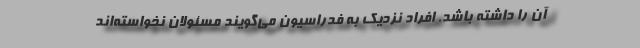
آن را داشته باشد. افراد نزدیک به فدراسیون می‌گویند مسئولان نخواسته‌اند